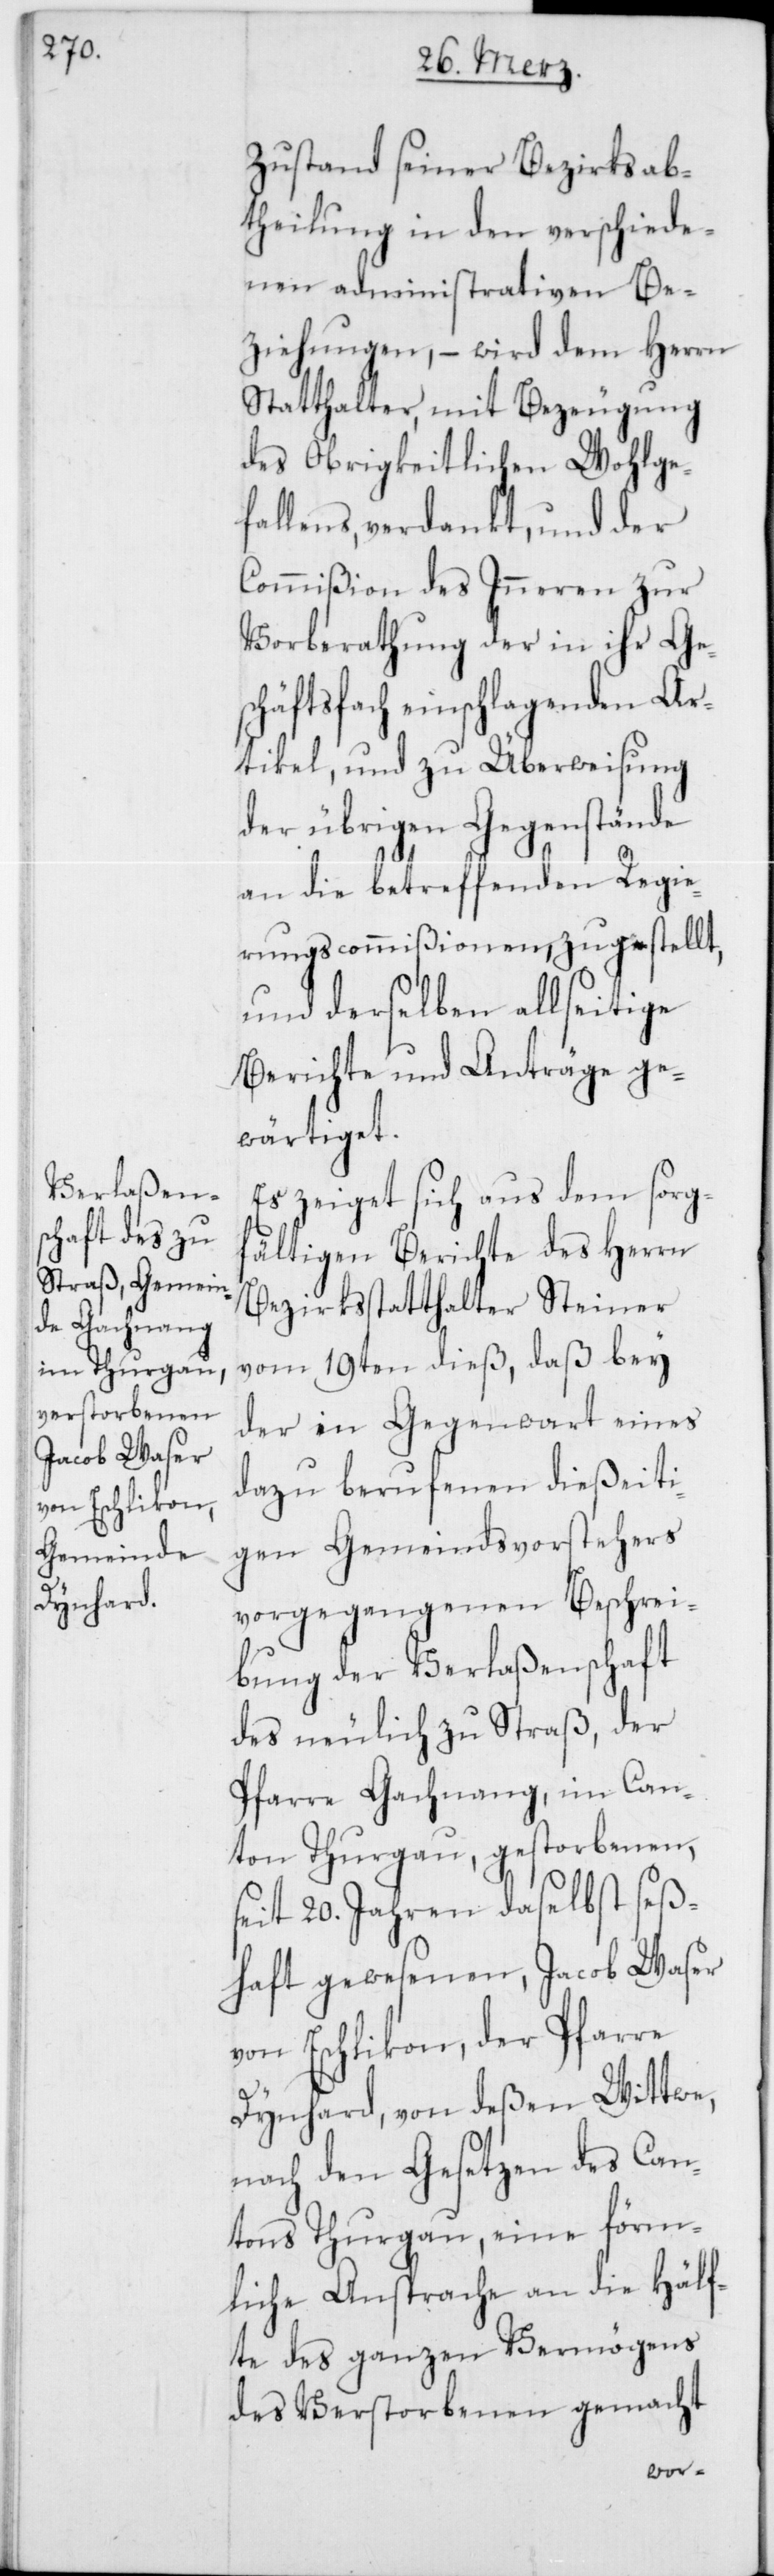
Zustand seiner Bezirksab¬
theilung in den verschiede¬
nen administrativen Be¬
ziehungen, – wird dem Herrn
Statthalter, mit Bezeugung
des Obrigkeitlichen Wohlge¬
fallens, verdankt, und der
Commißion des Inneren zur
Vorberathung der in ihr Ges¬
chäftsfach einschlagenden Ar¬
tikel, und zu Überweisung
der übrigen Gegenstände
an die betreffenden Regie¬
rungscommißionen zugestellt,
und derselben allseitige
Berichte und Anträge ge¬
wärtiget.
Es zeiget sich aus dem sorgf¬
ältigen Berichte des Herrn
Bezirksstatthalter Steiner
vom 19ten dieß, daß bey
der in Gegenwart eines
dazu berufenen dießeiti¬
gen Gemeindvorstehers
vorgegangenen Beschrei¬
bung der Verlaßenschaft
des neulich zu Straß, der
Pfarre Gachnang, im Can¬
ton Thurgau, gestorbenen,
seit 20. Jahren daselbst seß¬
haft gewesenen, Jacob Waser
von Eschlikon, der Pfarre
Dynhard, von deßen Wittwe,
nach den Gesetzen des Can¬
tons Thurgau, eine förm¬
liche Ansprache an die Hälf¬
te des ganzen Vermögens
des Verstorbenen gemacht